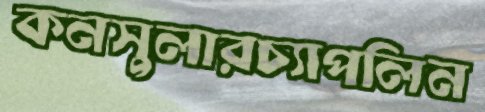
কনসুলারচ্যাপলিন